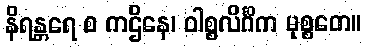
နိရန္တရေ စ ကဌိနေ၊ ဝါစ္စလိင်္ဂိက မုစ္စတေ။